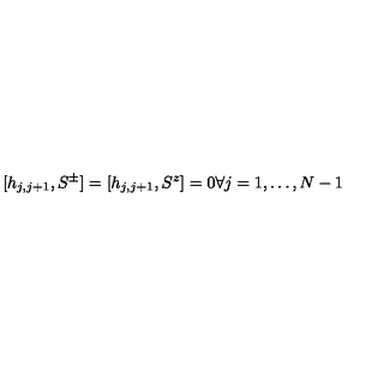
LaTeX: [ h _ { j , j + 1 } , S ^ { \pm } ] = [ h _ { j , j + 1 } , S ^ { z } ] = 0 \forall j = 1 , \ldots , N - 1